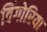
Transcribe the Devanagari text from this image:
विंगोरिया